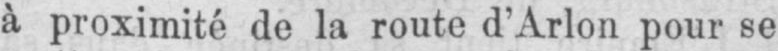
à proximité de la route d’Arlon pour se